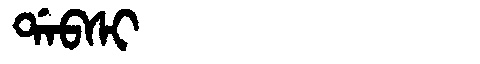
Manchu: ᡩᠠᠪᠰᡳ
Romanization: DABSI